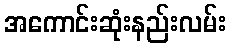
အကောင်းဆုံးနည်းလမ်း